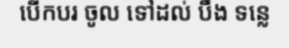
បើកបរ ចូល ទៅដល់ បឹង ទន្លេ